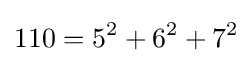
110=5^{2}+6^{2}+7^{2}